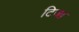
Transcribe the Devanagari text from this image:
टिजा